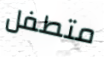
متطفل